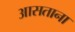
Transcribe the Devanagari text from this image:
आसताना